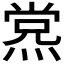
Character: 𰟊